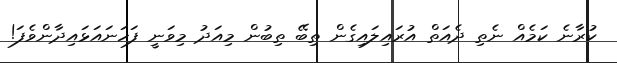
ކުރާނެ ކަމެއް ނެތި ދެއަތް އުރައިލައިގެން ތިބޭ ތިބުން މިއަދު މިވަނީ ފަހަނައަޅައިދާންވެފަ!